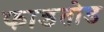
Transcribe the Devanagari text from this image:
फाडतोड